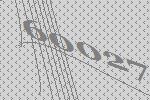
60027